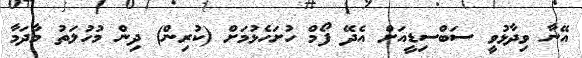
އޭނާ ވިދާޅުވީ ސަބްސިޑީއަށް އެދޭ ފޯމް ހުށަހެޅުމަށް (ކުރިން) ދިން މުހުލަތު މާދަމާ